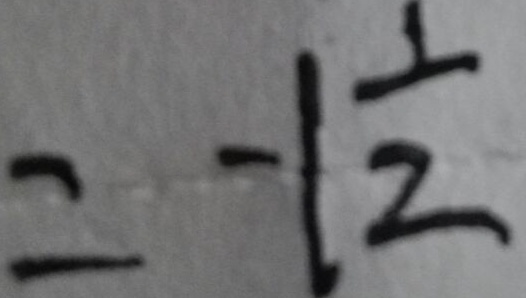
= - 1 \frac { 1 } { 2 }